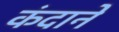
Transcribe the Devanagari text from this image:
कंदाने